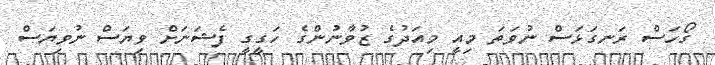
ގޯހަސް ރަނގަޅަސް ނުވަތަ މިއީ މިއަދުގެ ޒުވާނުންގެ ހަގީގީ ފެޝަނަށް ވިޔަސް ނުވިޔަސް